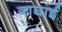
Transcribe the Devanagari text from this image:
वाघाई